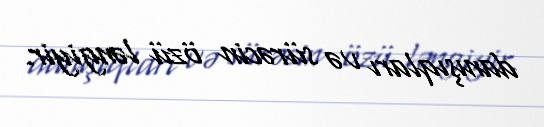
danışıqları və sürəcin özü ləngiyir.